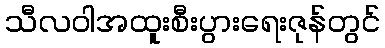
သီလဝါအထူးစီးပွားရေးဇုန်တွင်